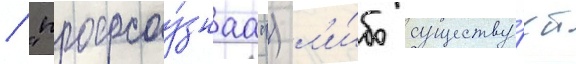
/ "профсоу́знаа") л'и́бо существу́ет